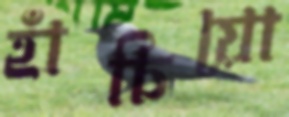
হাঁচিয়ো